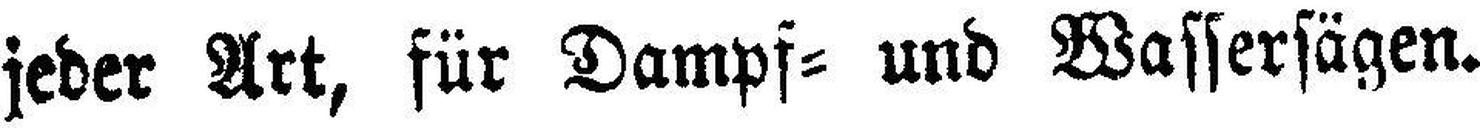
jeder Art, für Dampf= und Wassersägen.